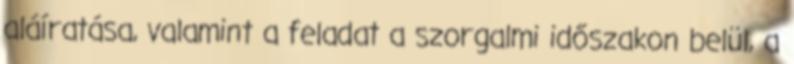
aláíratása, valamint a feladat a szorgalmi időszakon belül, a